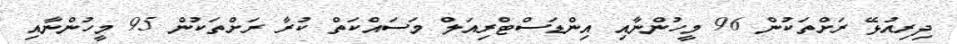
ދިރިއުޅޭ ރަށްތަކުން 96 މީހުންނާއި އިންޑަސްޓްރިއަލް މަސައްކަތް ކުރާ ރަށްތަކުން 95 މީހުންނާއި